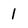
Character: 1